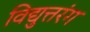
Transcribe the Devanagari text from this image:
विद्युत्तरंग